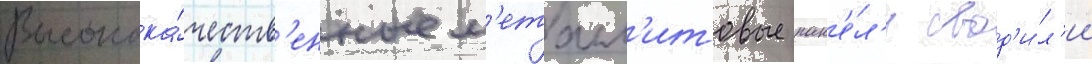
Высокока́честв'енные м'еталл'итовые пан'е́л'и свод'и́л'и